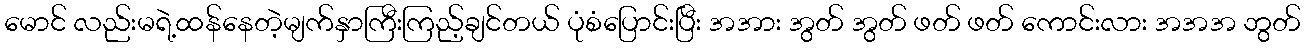
မောင် လည်းမရဲ့ထန်နေတဲ့မျက်နှာကြီးကြည့်ချင်တယ် ပုံစံပြောင်းပြီး အအား အွတ် အွတ် ဖတ် ဖတ် ကောင်းလား အအအ ဘွတ်